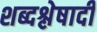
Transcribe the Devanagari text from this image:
शब्दश्लेषादी